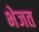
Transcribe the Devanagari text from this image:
भेजत